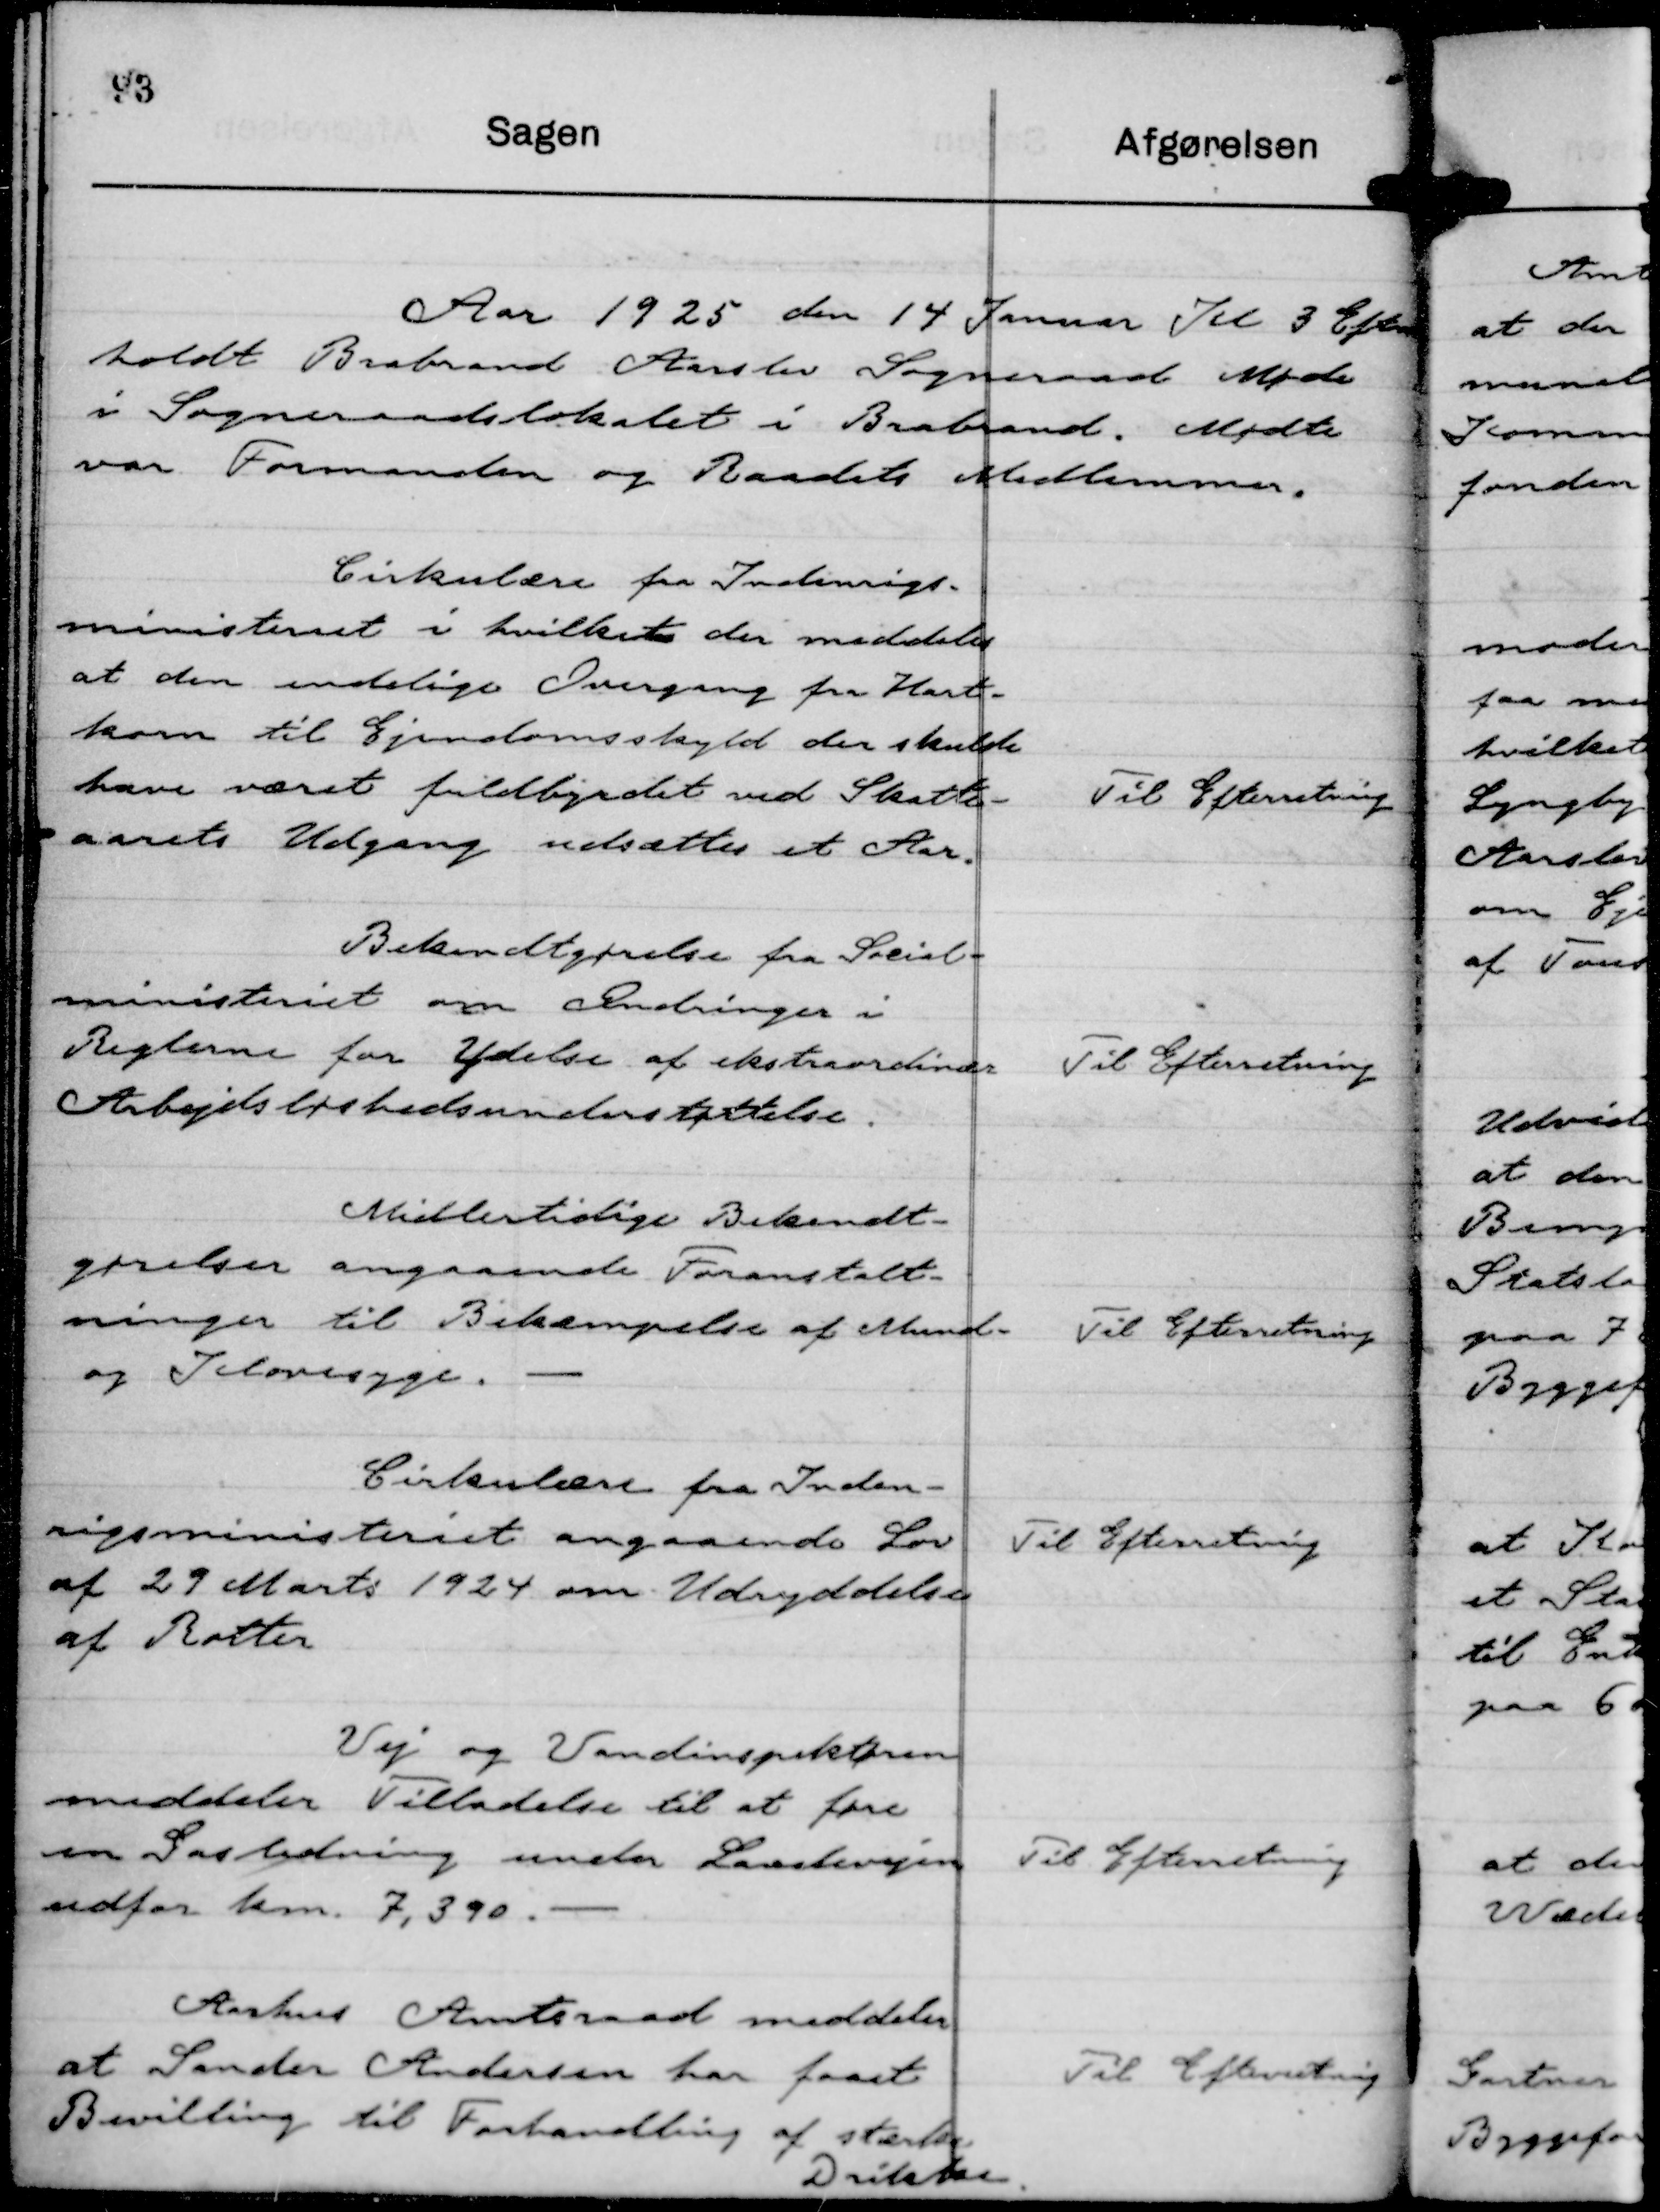
Transskription:
Aar 1925 den 14 Januar Kl 3 Eftm
holdt Brabrand Aarslev Sogneraad Møde
i Sogneraadslokalet i Brabrand. Mødte
var Formanden og Raadets Medlemmer.

Cirkulære fra Indenrigs-
ministeriet i hvilket der meddeles
at den endelige Overgang fra Hart-
korn til Ejendomsskyld der skulde
have været fuldbyrdet ved Skatte-
aarets Udgang udsættes et Aar.

Til Efterretning

Bekendtgørelse fra Social-
ministeriet om Ændringer i
Reglerne for Ydelse af ekstraordinær
Arbejdsløshedunderstøttelse.

Til Efterretning

Midlertidige Bekendt-
gørelser angaaende Foranstalt-
ninger til Bekæmpelse af Mund-
og Klovesyge.

Til Efterretning

Cirkulære fra Inden-
rigsministeriet angaaende Lov
af 29 Marts 1924 om Udryddelse
af Rotter

Til Efterretning

Vej og Vandinspektøren
meddeler Tilladelse til at føre
en Gasledning under Landevejen
udfor km. 7,390.

Til Efterretning

Aarhus Amtsraad meddeler
at Sander Andersen har faaet
Bevilling til Forhandling af stærke
Drikke.

Til Efterretning